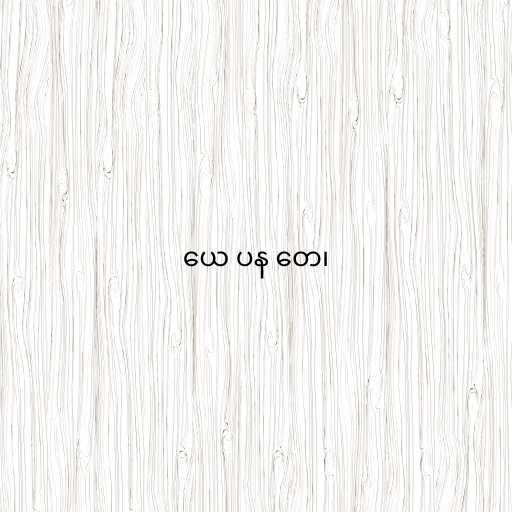
ယေ ပန တေ၊